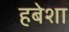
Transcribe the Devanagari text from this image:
हबेशा